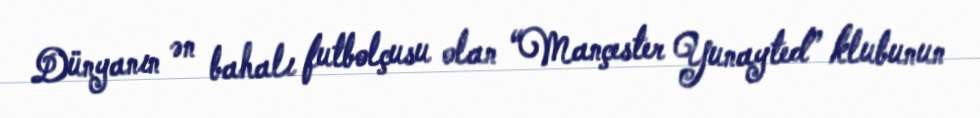
Dünyanın ən bahalı futbolçusu olan “Mançester Yunayted” klubunun